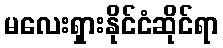
မလေးရှားနိုင်ငံဆိုင်ရာ